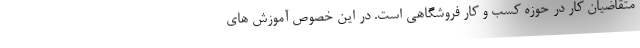
متقاضیان کار در حوزه کسب و کار فروشگاهی است. در این خصوص آموزش های